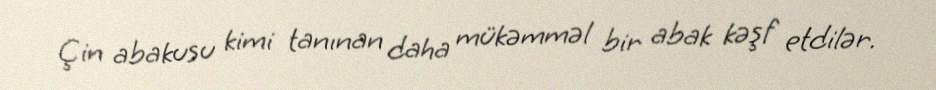
Çin abakusu kimi tanınan daha mükəmməl bir abak kəşf etdilər.